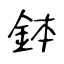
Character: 鉢